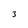
Character: 3